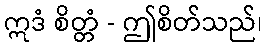
ဣဒံ စိတ္တံ - ဤစိတ်သည်၊